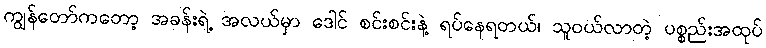
ကျွန်တော်ကတော့ အခန်းရဲ့ အလယ်မှာ ဒေါင် စင်းစင်းနဲ့ ရပ်နေရတယ်၊ သူဝယ်လာတဲ့ ပစ္စည်းအထုပ်